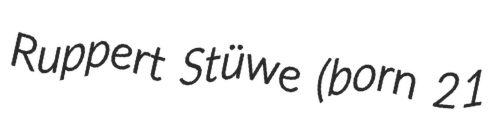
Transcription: Ruppert Stüwe (born 21